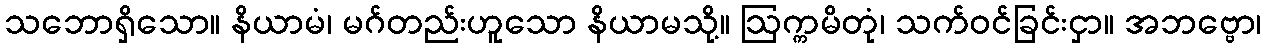
သဘောရှိသော။ နိယာမံ၊ မဂ်တည်းဟူသော နိယာမသို့။ ဩက္ကမိတုံ၊ သက်ဝင်ခြင်းငှာ။ အဘဗ္ဗော၊